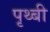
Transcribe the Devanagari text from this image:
पृथ्बी